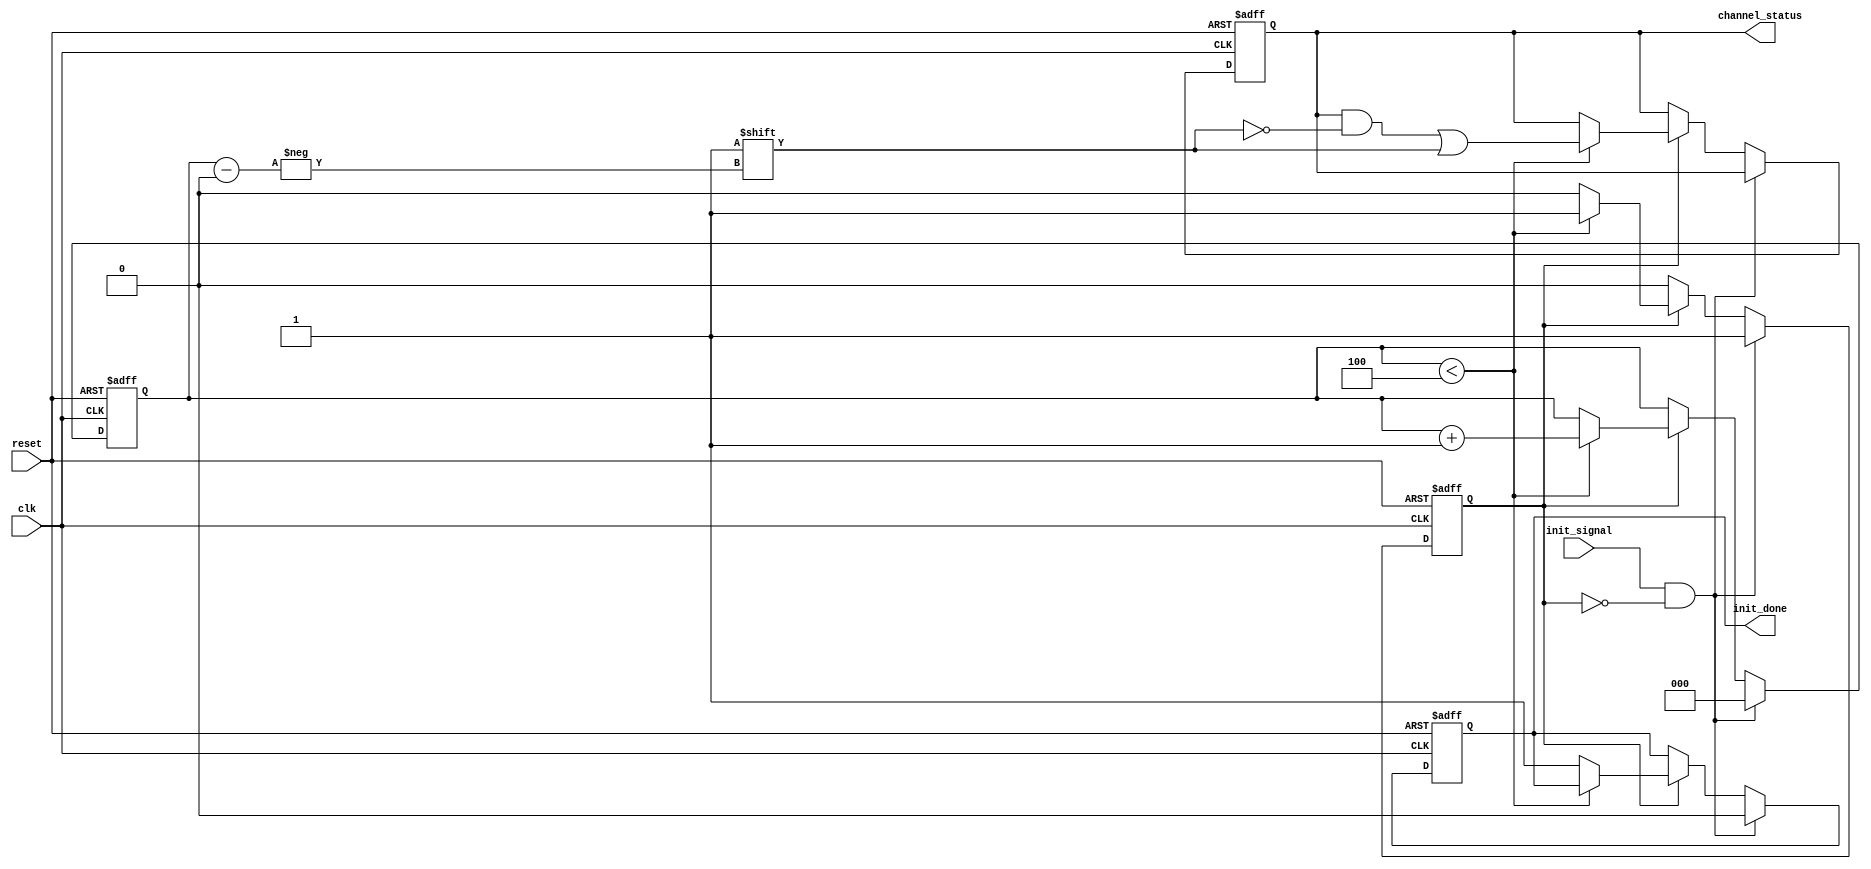
module multi_channel_init #(
    parameter CHANNEL_COUNT = 4 // Parameter for number of channels
) (
    input wire clk,
    input wire reset,
    input wire init_signal,
    output reg [CHANNEL_COUNT-1:0] channel_status,
    output reg init_done
);

    reg [2:0] current_channel; // Counter to track the current channel being initialized
    reg initializing;          // Flag to indicate if initialization is in progress

    // State for initialization
    always @(posedge clk or posedge reset) begin
        if (reset) begin
            // Reset all channels and initialization state
            channel_status <= 0;
            current_channel <= 0;
            init_done <= 0;
            initializing <= 0;
        end else if (init_signal && !initializing) begin
            // Start the initialization process
            initializing <= 1;
            current_channel <= 0;
            init_done <= 0;
        end else if (initializing) begin
            if (current_channel < CHANNEL_COUNT) begin
                // Simulate initialization of the current channel
                // Here you can set specific initialization values if needed
                // For example: channel_init_values[current_channel]
                channel_status[current_channel] <= 1; // Mark channel as initialized
                
                // Move to the next channel
                current_channel <= current_channel + 1;
            end else begin
                // All channels initialized
                initializing <= 0;
                init_done <= 1;
            end
        end
    end

endmodule